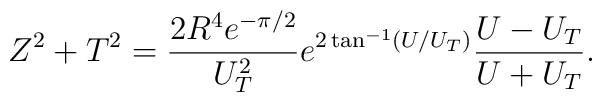
Z^2+T^2=\frac{2R^4 e^{-\pi/2}}{U_T^2}e^{2\tan^{-1}(U/U_T)}\frac{U-U_T}{U+U_T}.